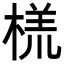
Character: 𬃑